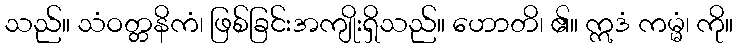
သည်။ သံဝတ္တနိကံ၊ ဖြစ်ခြင်းအကျိုးရှိသည်။ ဟောတိ၊ ၏။ ဣဒံ ကမ္မံ၊ ကို။